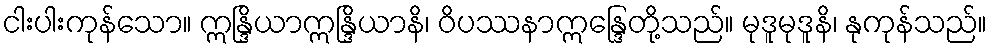
ငါးပါးကုန်သော။ ဣန္ဒြိယာဣန္ဒြိယာနိ၊ ဝိပဿနာဣန္ဒြေတို့သည်။ မုဒူမုဒူနိ၊ နုကုန်သည်။